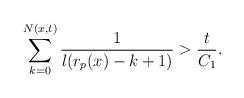
LaTeX: \begin{align*}\sum_{k=0}^{N(x,t)}\frac{1}{l(r_p(x)-k+1)}>\frac{t}{C_1}.\end{align*}